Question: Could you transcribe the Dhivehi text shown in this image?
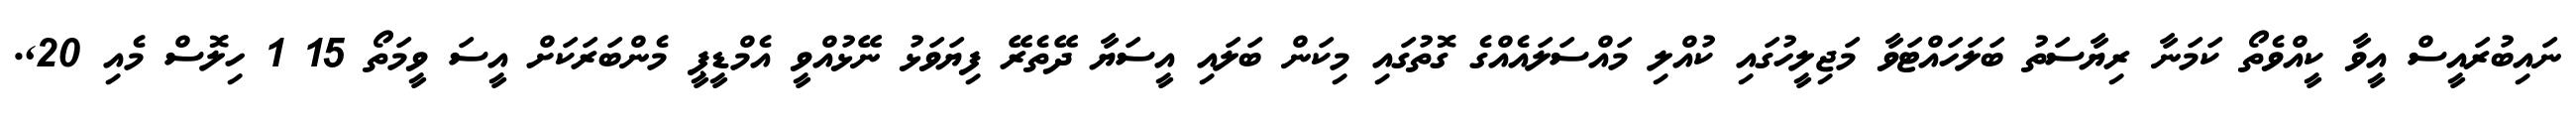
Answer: ނައިބުރައީސް އީވާ ކީއްވެތޯ ކަމަނާ ރިޔާސަތު ބަލަހައްޓަވާ މަޖިލީހުގައި ކުއްލި މައްސަލައެއްގެ ގޮތުގައި މިކަން ބަލައި އީސަޔާ ދޭތެރޭ ފިޔަވަޅު ނޭޅުއްވީ އެމްޑީޕީ މެންބަރަކަށް އީސަ ވީމަތޯ 15 1 ހިލޮސް މެއި 20,.